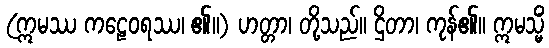
(ဣမဿ ကဠေဝရဿ၊ ၏။) ဟတ္တာ၊ တို့သည်။ ဌိတာ၊ ကုန်၏။ ဣမသ္မိံ